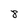
Character: 8